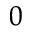
^ 0